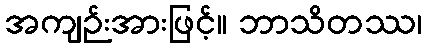
အကျဉ်းအားဖြင့်။ ဘာသိတဿ၊